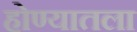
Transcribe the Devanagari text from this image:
होण्यातला